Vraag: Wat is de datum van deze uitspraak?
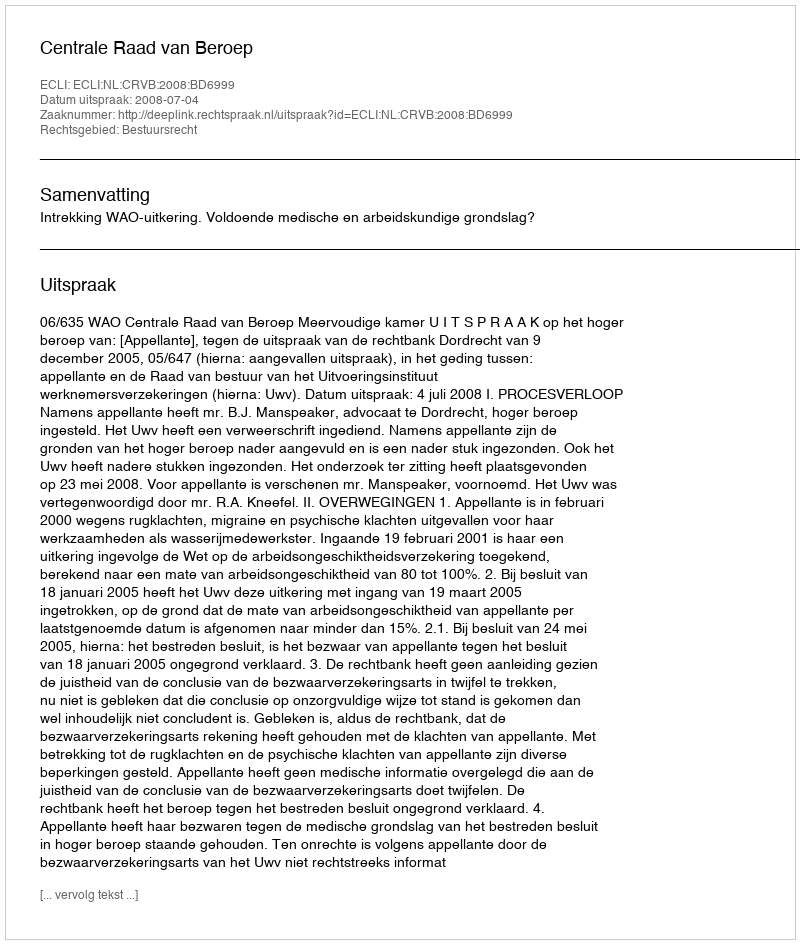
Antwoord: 2008-07-04